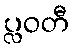
ပ္လဝတီ